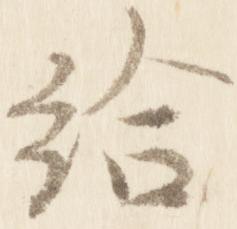
給